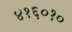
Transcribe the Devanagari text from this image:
४१६०१०